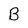
Character: B